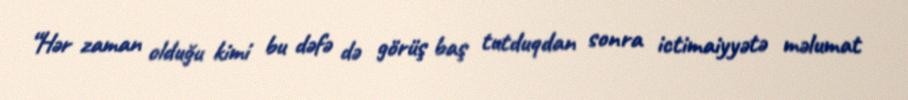
“Hər zaman olduğu kimi bu dəfə də görüş baş tutduqdan sonra ictimaiyyətə məlumat